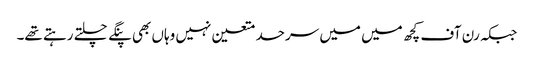
جبکہ رن آف کچھ میں میں سرحد متعین نہیں وہاں بھی پنگے چلتے رہتے تھے۔